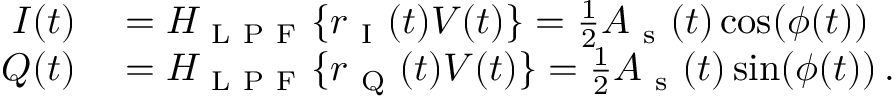
\begin{array} { r l } { I ( t ) } & { { } = H _ { \mathrm { ~ L ~ P ~ F ~ } } \{ r _ { \mathrm { ~ I ~ } } ( t ) V ( t ) \} = \frac { 1 } { 2 } A _ { \mathrm { ~ s ~ } } ( t ) \cos ( \phi ( t ) ) } \\ { Q ( t ) } & { { } = H _ { \mathrm { ~ L ~ P ~ F ~ } } \{ r _ { \mathrm { ~ Q ~ } } ( t ) V ( t ) \} = \frac { 1 } { 2 } A _ { \mathrm { ~ s ~ } } ( t ) \sin ( \phi ( t ) ) \, . } \end{array}